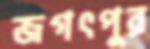
জগৎপুর